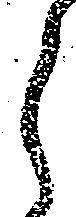
ら